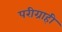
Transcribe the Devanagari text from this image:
परीग्राही